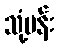
သုံ့ပန်း